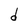
Character: d